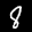
Label: 8